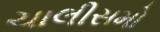
ચાલીસમો